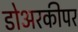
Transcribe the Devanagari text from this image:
डोअरकीपर